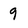
Character: 9